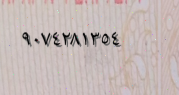
٩٠٧٤٢٨١٣٥٤